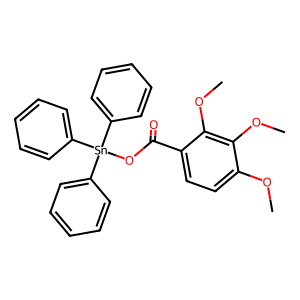
SMILES: COc1ccc(C(=O)O[Sn](c2ccccc2)(c2ccccc2)c2ccccc2)c(OC)c1OC
Inhibits HIV replication: No